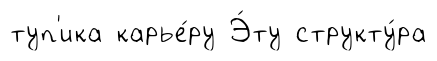
туп'ика карье́ру Э́ту структу́ра